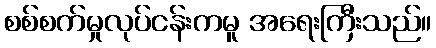
စစ်စက်မှုလုပ်ငန်းကမူ အရေးကြီးသည်။